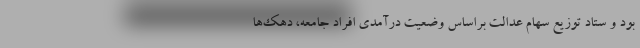
بود و ستاد توزیع سهام عدالت براساس وضعیت درآمدی افراد جامعه، دهک‌ها